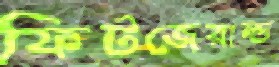
ফিটজেরাল্ড